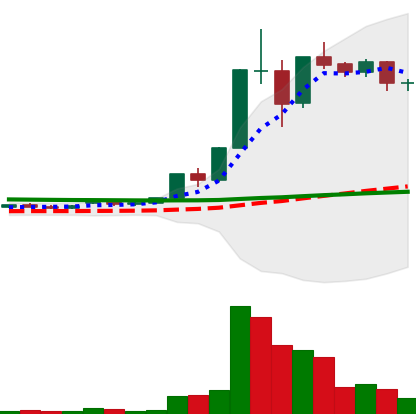
Ticker: XLM-USD
Chart end date: 2020-12-02
Forward return: -9.015%
Label: down_7plus